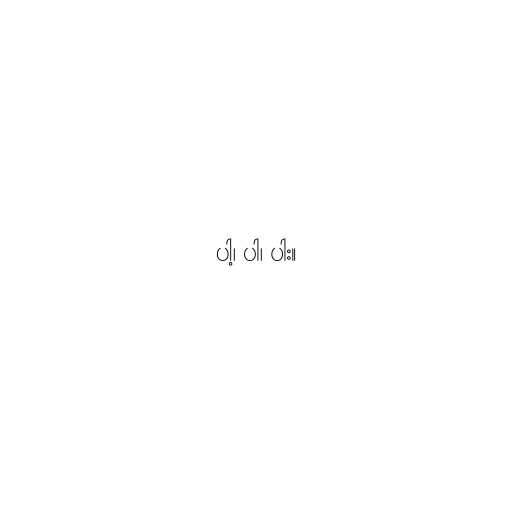
ပါ့၊ ပါ၊ ပါး။